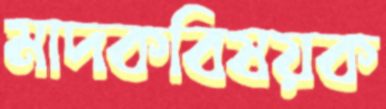
মাদকবিষয়ক